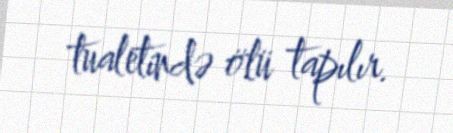
tualetində ölü tapılır.